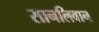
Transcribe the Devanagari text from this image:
सानलिवान